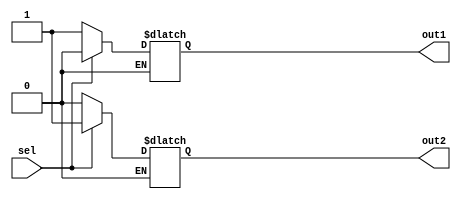
module dmux1_2(out1, out2, sel);
	
	output out1, out2;
	input sel;
	reg out1, out2;
	always @(sel)
		begin
			if(sel==0)
				begin
					out1=1'b1;
					out2=1'b0;
				end
			else if(sel==1)
				begin
					out1=1'b0;
					out2=1'b1;
				end
		end
	
endmodule